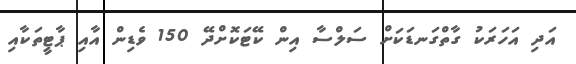
އަދި އަހަރަކު ގާތްގަނޑަކަށް ސަލްސާ އިން ކޭޓަކޮށްދޭ 150 ވެޑިން އާއި ޕާޓީތަކާއި